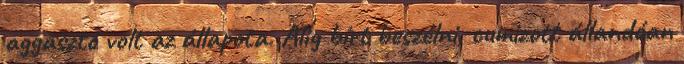
aggasztó volt az állapota. Alig bírt beszélni, cumizott állandóan